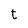
Character: t